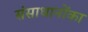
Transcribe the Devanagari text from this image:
संसाधानोंका